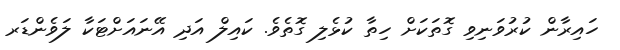
ހައިރާން ކުރުވަނިވި ގޮތަކަށް ހިތާ ކުޅެލި ގޮތެވެ. ކައިލް އަދި އޭނައަށްޓަކާ ލަވެންޑަރ